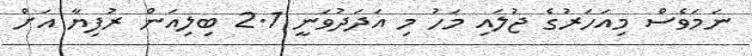
ނަމަވެސް މިއަހަރުގެ ޖުލައި މަހު މި އަދަދުވަނީ 2.1 ބިލިއަން ރުފިޔާ އަށް